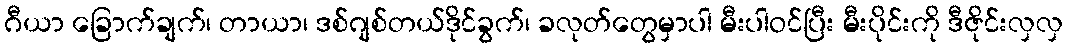
ဂီယာ ခြောက်ချက်၊ တာယာ၊ ဒစ်ဂျစ်တယ်ဒိုင်ခွက်၊ ခလုတ်တွေမှာပါ မီးပါဝင်ပြီး မီးပိုင်းကို ဒီဇိုင်းလှလှ